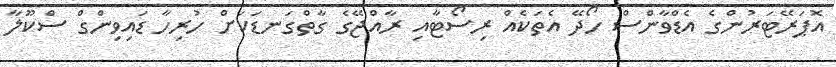
އޮޕަރޭޓަރުންގެ އެޑްވާންސް ހޯދޭ އެތަކެއް ރިސޯޓާއި ރާއްޖޭގެ ގާތްގަނޑަކަށް ހުރިހާ ޑައިވިންގް ސްކޫލާ